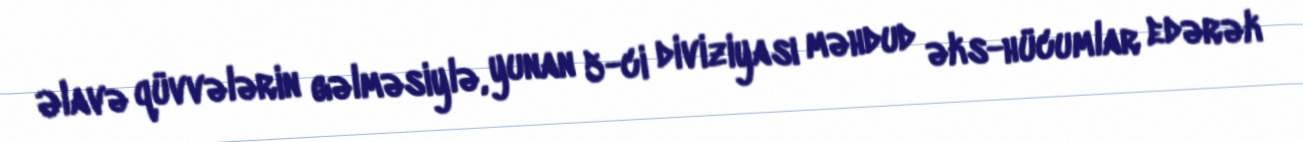
Əlavə qüvvələrin gəlməsiylə, yunan 5-ci diviziyası məhdud əks-hücumlar edərək